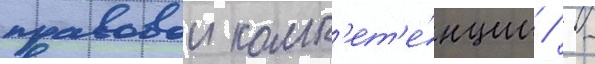
правовои комп'ет'е́нции / -